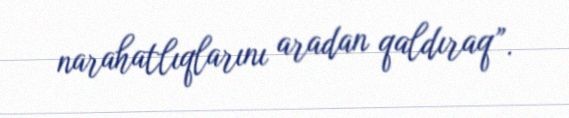
narahatlıqlarını aradan qaldıraq”.